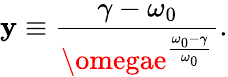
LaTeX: \mathbf{y}\equiv\frac{{\gamma-\omega_{0}}}{{\omegae^{\frac{{\omega_{0}-\gamma}}{{\omega_{0}}}}}}.